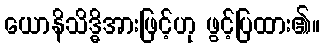
ယောနိသိဒ္ဓိအားဖြင့်ဟု ဖွင့်ပြထား၏။